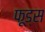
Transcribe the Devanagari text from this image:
फ़ूड्स